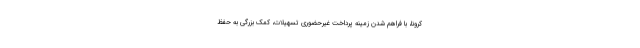
کرونا، با فراهم شدن زمینه پرداخت غیرحضوری تسهیلات، کمک بزرگی به حفظ